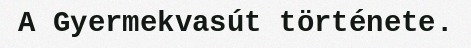
A Gyermekvasút története.